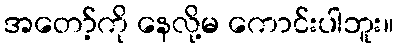
အတော့်ကို နေလို့မ ကောင်းပါဘူး။